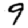
Digit: 9